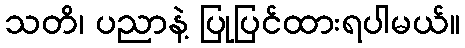
သတိ၊ ပညာနဲ့ ပြုပြင်ထားရပါမယ်။